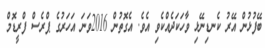
ބޭފުޅުން އޭރު ކެނޑިނޭޅި ވާހަކަދެއްކެވި އެވެ. އެގޮތުން 2016ވަނަ އަހަރުގެ ޕްރެސް ފްރީޑޮމް